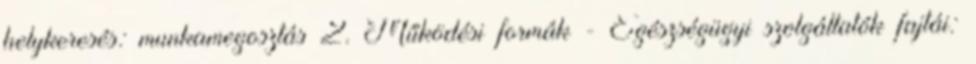
helykeresés: munkamegosztás 2. Működési formák - Egészségügyi szolgáltatók fajtái: